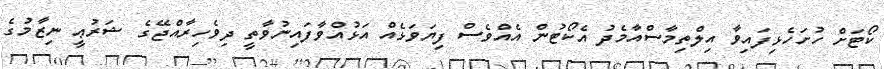
ކޯޓަށް ހުށަހެޅިފައިވާ އިލްތިމާސްއާމެދު އެކޯޓުން އެއްވެސް ފިޔަވަޅެއް އަޅުއްވާފައިނުވާތީ ދިވެހިރާއްޖޭގެ ޝަރުޢީ ނިޒާމުގެ